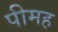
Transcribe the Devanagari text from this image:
पीमह